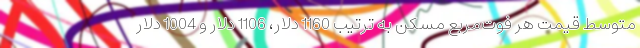
متوسط قیمت هر فوت‌مربع مسکن به ترتیب 1160 دلار، 1106 دلار و 1004 دلار